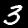
Digit: 3